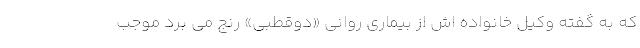
که به گفته وکیل خانواده اش از بیماری روانی «دوقطبی» رنج می برد موجب